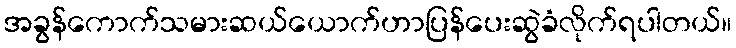
အခွန်ကောက်သမားဆယ်ယောက်ဟာပြန်ပေးဆွဲခံလိုက်ရပါတယ်။